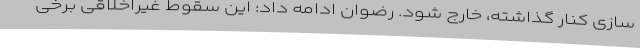
سازی کنار گذاشته، خارج شود. رضوان ادامه داد: این سقوط غیراخلاقی برخی